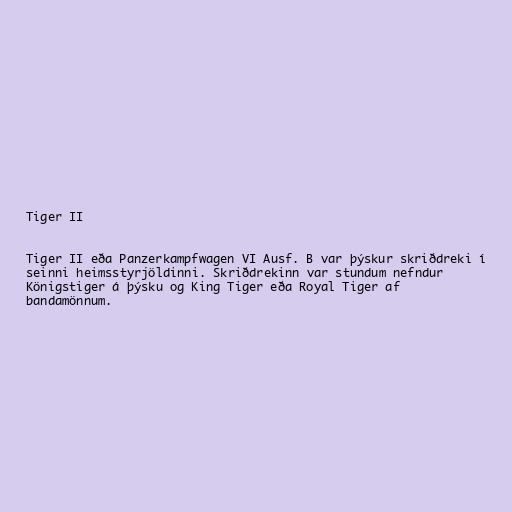
Tiger II

Tiger II eða Panzerkampfwagen VI Ausf. B var þýskur skriðdreki í
seinni heimsstyrjöldinni. Skriðdrekinn var stundum nefndur
Königstiger á þýsku og King Tiger eða Royal Tiger af
bandamönnum.